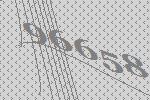
96658